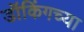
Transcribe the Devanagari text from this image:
डॉकिंगच्या